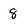
Character: 8